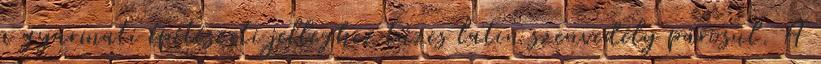
a gyarmati építészeti jelleghez tüzes latin szenvedély párosul. A